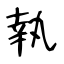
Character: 執